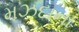
મઝદાના